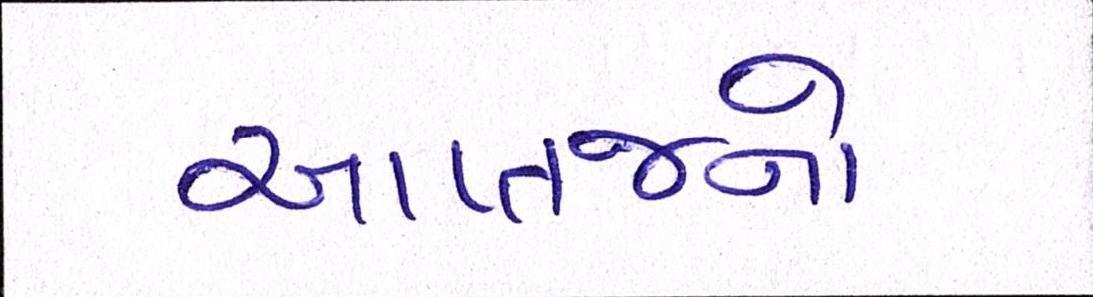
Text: આપ્તજનો